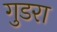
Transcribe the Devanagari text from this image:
गुडरा